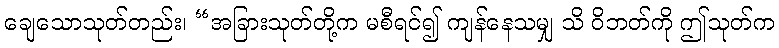
ချေသောသုတ်တည်း၊ “အခြားသုတ်တို့က မစီရင်၍ ကျန်နေသမျှ သိ ဝိဘတ်ကို ဤသုတ်က